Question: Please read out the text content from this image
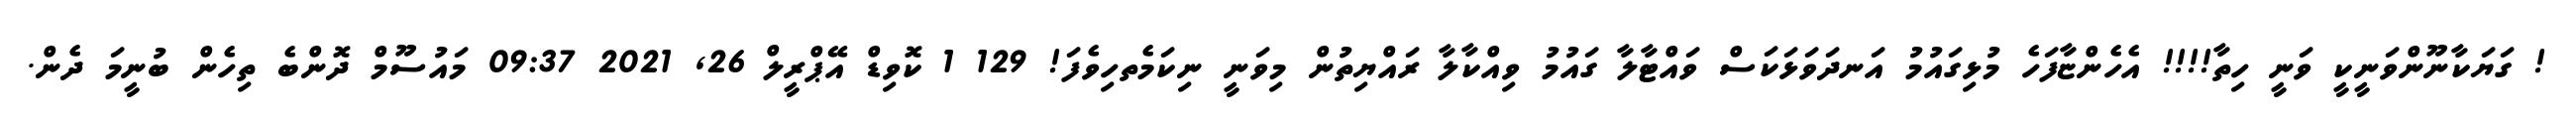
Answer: ! ގަޔަކާނޫންވަނީކީ ވަނީ ހިތާ!!!! އެހެންޏާފަހެ މުޅިގައުމު އަނދަވަޅަކަސް ވައްޓާލާ ގައުމު ވިއްކާލާ ރައްޔިތުން މިވަނީ ނިކަމެތހިވެފަ! 129 1 ކޮވިޑް އޭޕްރީލް 26, 2021 09:37 މައުސޫމް ދޮންބެ ތިހެން ބުނީމަ ދެން.